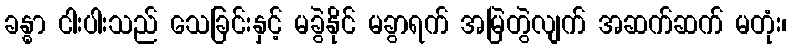
ခန္ဓာ ငါးပါးသည် သေခြင်းနှင့် မခွဲနိုင် မခွာရက် အမြဲတွဲလျက် အဆက်ဆက် မတုံး၊